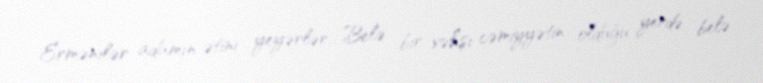
Ermənilər adamın ətini yeyərlər... Belə bir vəhşi cəmiyyətin olduğu yerdə belə